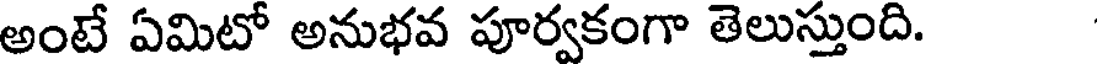
అంటే ఏమిటో అనుభవ పూర్వకంగా తెలుస్తుంది.